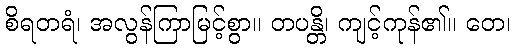
စိရတရံ၊ အလွန်ကြာမြင့်စွာ။ တပန္တိ၊ ကျင့်ကုန်၏။ တေ၊